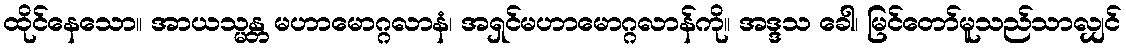
ထိုင်နေသော။ အာယသ္မန္တ မဟာမောဂ္ဂလာနံ၊ အရှင်မဟာမောဂ္ဂလာန်ကို။ အဒ္ဒသ ခေါ၊ မြင်တော်မူသည်သာလျှင်